Plague in India, 1896, 1897 - Volume 3
Year: 1896
Disease focus: Plague
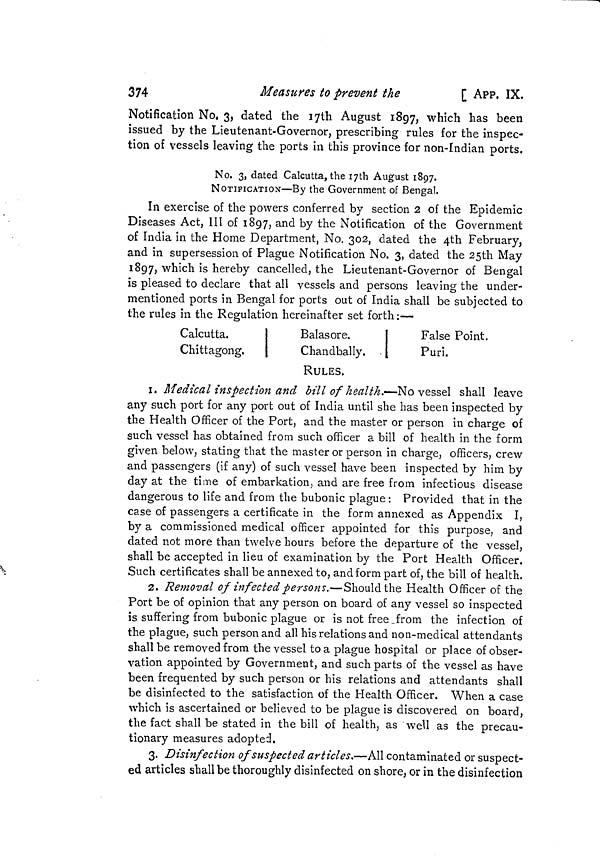
374
Measures to prevent the
[ APP. IX.
Notification No, 3, dated the 17th August 1897, which has been
issued by the Lieutenant-Governor, prescribing rules for the inspec-
tion of vessels leaving the ports in this province for non-Indian ports.
No. 3, dated Calcutta, the 17th August 1897.
NOTIFICATION—By the Government of Bengal.
In exercise of the powers conferred by section 2 of the Epidemic
Diseases Act, III of 1897, and by the Notification of the Government
of India in the Home Department, No. 302, dated the 4th February,
and in supersession of Plague Notification No. 3, dated the 25th May
1897, which is hereby cancelled, the Lieutenant-Governor of Bengal
is pleased to declare that all vessels and persons leaving the under-
mentioned ports in Bengal for ports out of India shall be subjected to
the rules in the Regulation hereinafter set forth :—
Calcutta.
Chittagong.
Balasore.
Chandbally.
False Point.
Puri.
RULES.
1. Medical inspection and bill of health.—No vessel shall leave
any such port for any port out of India until she has been inspected by
the Health Officer of the Port, and the master or person in charge of
such vessel has obtained from such officer a bill of health in the form
given below, stating that the master or person in charge, officers, crew
and passengers (if any) of such vessel have been inspected by him by
day at the time of embarkation, and are free from infectious disease
dangerous to life and from the bubonic plague : Provided that in the
case of passengers a certificate in the form annexed as Appendix I,
by a commissioned medical officer appointed for this purpose, and
dated not more than twelve hours before the departure of the vessel,
shall be accepted in lieu of examination by the Port Health Officer.
Such certificates shall be annexed to, and form part of, the bill of health.
2. Removal of infected persons.—Should the Health Officer of the
Port be of opinion that any person on board of any vessel so inspected
is suffering from bubonic plague or is not free from the infection of
the plague, such person and all his relations and non-medical attendants
shall be removed from the vessel to a plague hospital or place of obser-
vation appointed by Government, and such parts of the vessel as have
been frequented by such person or his relations and attendants shall
be disinfected to the satisfaction of the Health Officer. When a case
which is ascertained or believed to be plague is discovered on board,
the fact shall be stated in the bill of health, as well as the precau-
tionary measures adopted.
3. Disinfection of suspected articles.—All contaminated or suspect-
ed articles shall be thoroughly disinfected on shore, or in the disinfection